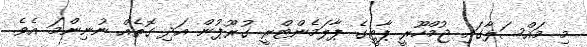
މި މައްސަލާގައި ޖުމްހޫރީ ޕާޓީގެ ޕާލަމެންޓްރީ ގުރޫޕުން އަދި ގޮތެއް ނުނިންމަ އެވެ.